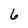
Character: 6